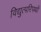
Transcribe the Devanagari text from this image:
विद्युत्परिपथों